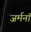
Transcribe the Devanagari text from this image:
जर्मनॉ